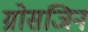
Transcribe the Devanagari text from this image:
ग्रोसजिन